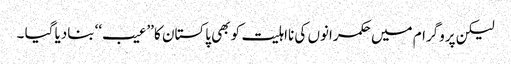
لیکن پروگرام میں حکمرانوں کی نااہلیت کو بھی پاکستان کا ’’عیب‘‘ بنادیا گیا ۔